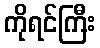
ကိုရင်ကြီး